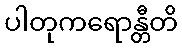
ပါတုကရောန္တီတိ